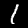
Digit: 1